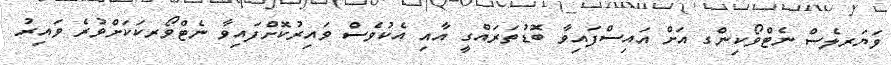
ވަޔަރލެސް ނެޓްވޯކިންގ އަށް އައިސްފައިވާ ބޮޑުތަރައްގީ އާއި އެކުވެސް ވައިރުކޮށްފައިވާ ނެޓްވޯރކަކަށްވުރެ ވައިރު